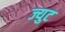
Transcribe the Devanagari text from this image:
ज्युट